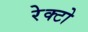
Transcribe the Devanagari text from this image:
रेक्टो